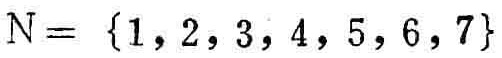
$N = \{1, 2, 3, 4, 5, 6, 7\}$